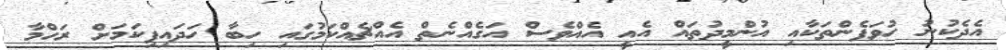
އެދެކުނު ހުވަފެންތަކާއި އުންމީދުތައް އެއީ އެއްވެސް އަގެއްނެތް އެއްޗެއްކަމުގައި ހިބާ ހަދައިފިކަމަށް ރަހްމާ